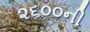
૨૬૦૦ની